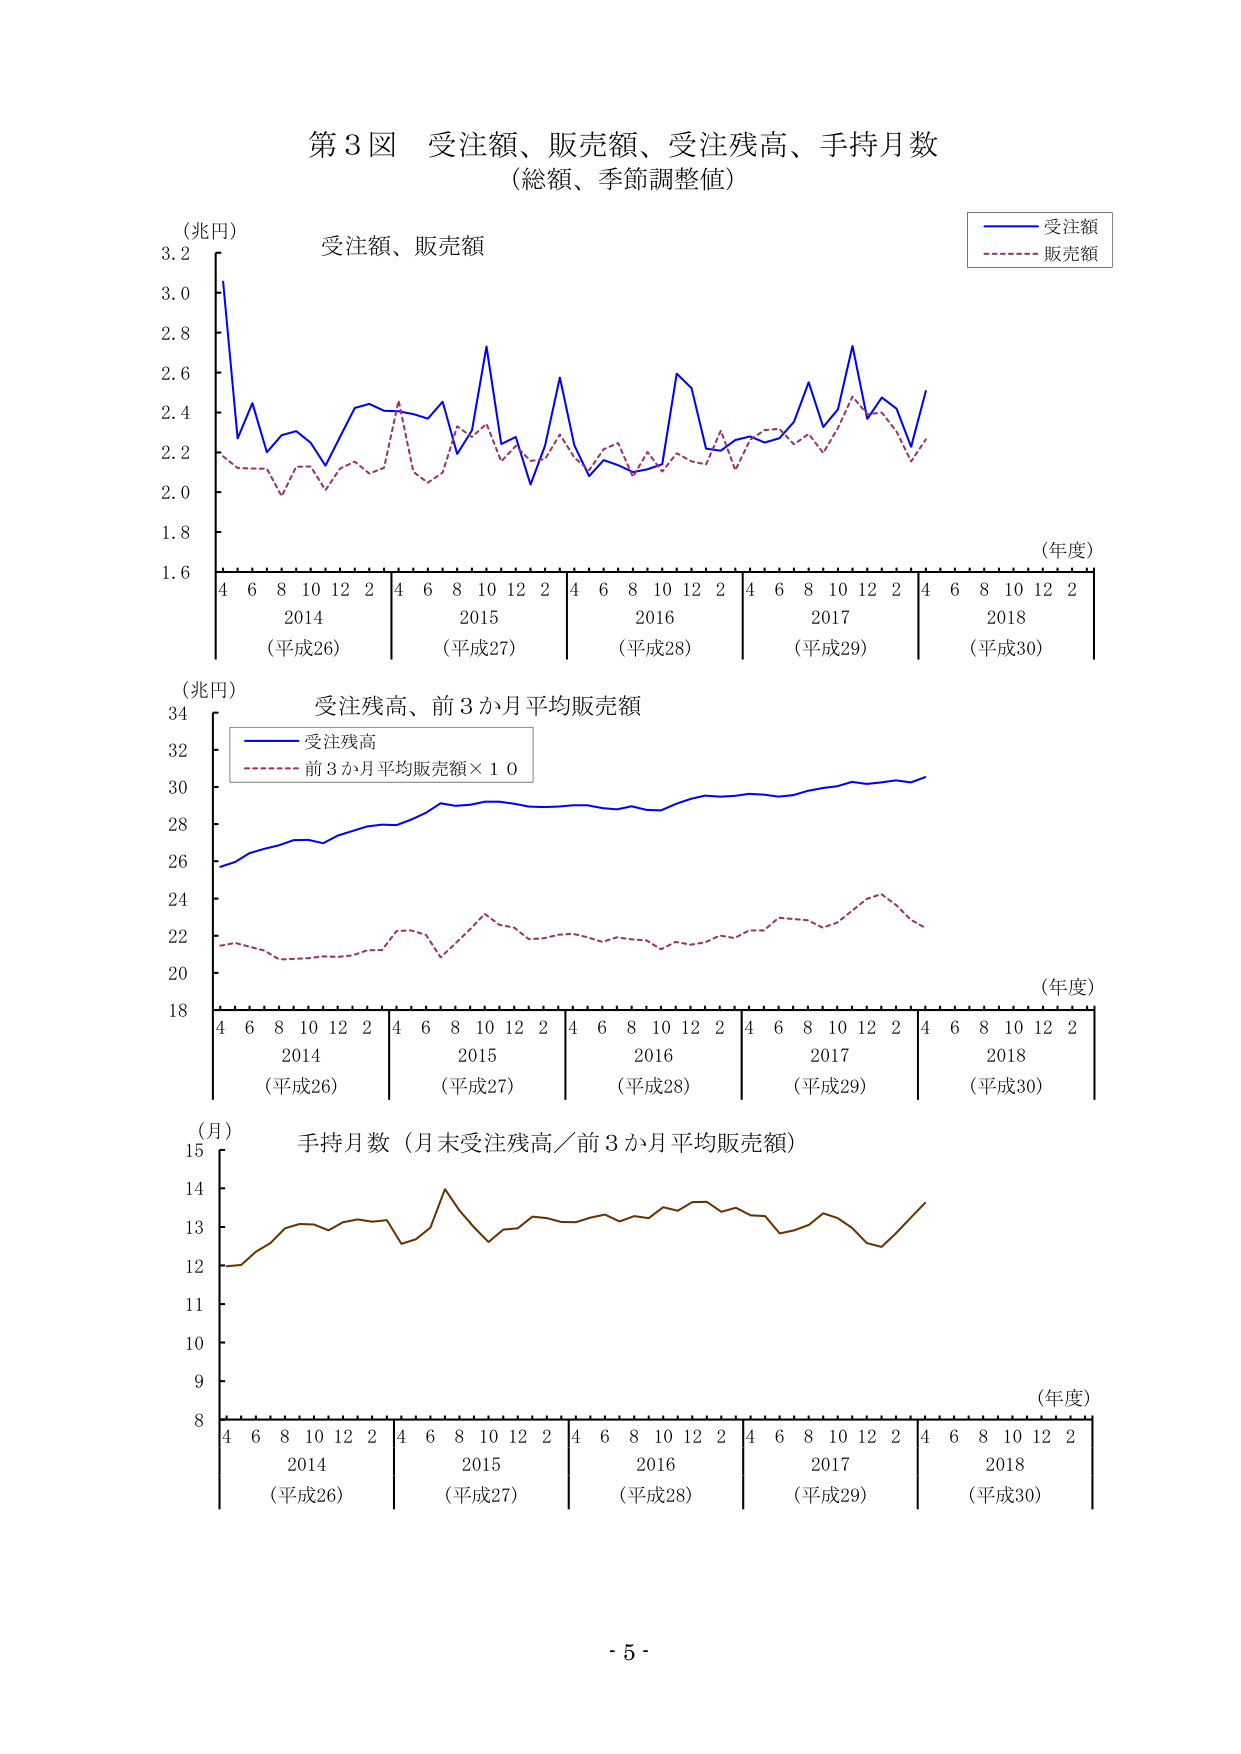
第3図 受注額、販売額、受注残高、手持月数
（総額、季節調整値）

（兆円）
受注額、販売額
（年度）
4 6 8 10 12 2 4 6 8 10 12 2 4 6 8 10 12 2 4 6 8 10 12 2 4 6 8 10 12 2
2014 （平成26） 2015 （平成27） 2016 （平成28） 2017 （平成29） 2018 （平成30）
1.6 1.8 2.0 2.2 2.4 2.6 2.8 3.0 3.2

（兆円）
受注残高、前3か月平均販売額
（年度）
4 6 8 10 12 2 4 6 8 10 12 2 4 6 8 10 12 2 4 6 8 10 12 2 4 6 8 10 12 2
2014 （平成26） 2015 （平成27） 2016 （平成28） 2017 （平成29） 2018 （平成30）
18 20 22 24 26 28 30 32 34

（月）
手持月数（月末受注残高／前3か月平均販売額）
（年度）
4 6 8 10 12 2 4 6 8 10 12 2 4 6 8 10 12 2 4 6 8 10 12 2 4 6 8 10 12 2
2014 （平成26） 2015 （平成27） 2016 （平成28） 2017 （平成29） 2018 （平成30）
8 9 10 11 12 13 14 15

- 5 -

（図例）
受注額
販売額
受注残高
前3か月平均販売額×10